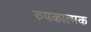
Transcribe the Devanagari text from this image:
रुपकात्मक